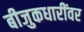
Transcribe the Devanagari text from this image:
बीजुकधारींवर